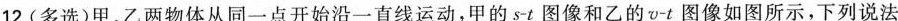
12.(多选)甲、乙两物体从同一点开始沿一直线运动，甲的s-t图像和乙的v-t图像如图所示，下列说法